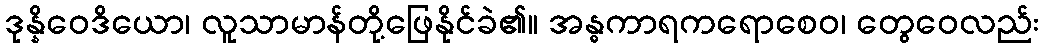
ဒုန္နိဝေဒိယော၊ လူသာမာန်တို့ဖြေနိုင်ခဲ၏။ အန္ဓကာရကရောစေဝ၊ တွေဝေလည်း